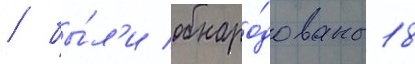
/ бы́л'и обнаро́дованы 18